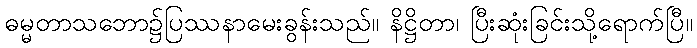
ဓမ္မတာသဘော၌ပြဿနာမေးခွန်းသည်။ နိဋ္ဌိတာ၊ ပြီးဆုံးခြင်းသို့ရောက်ပြီ။